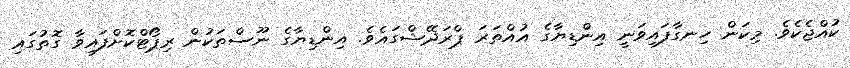
ކުއްޖެކެވެ. މިކަން ހިނގާފައިވަނީ އިންޑިޔާގެ އުއްތަރަ ޕްރަދޭޝްގައެވެ. އިންޑިޔާގެ ނޫސްތަކުން ރިޕޯޓްކޮށްފައިވާ ގޮތުގައި